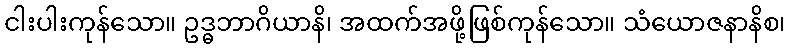
ငါးပါးကုန်သော။ ဥဒ္ဓဘာဂိယာနိ၊ အထက်အဖို့ဖြစ်ကုန်သော။ သံယောဇနာနိစ၊